Trukikaitis_Postimees, lk 141
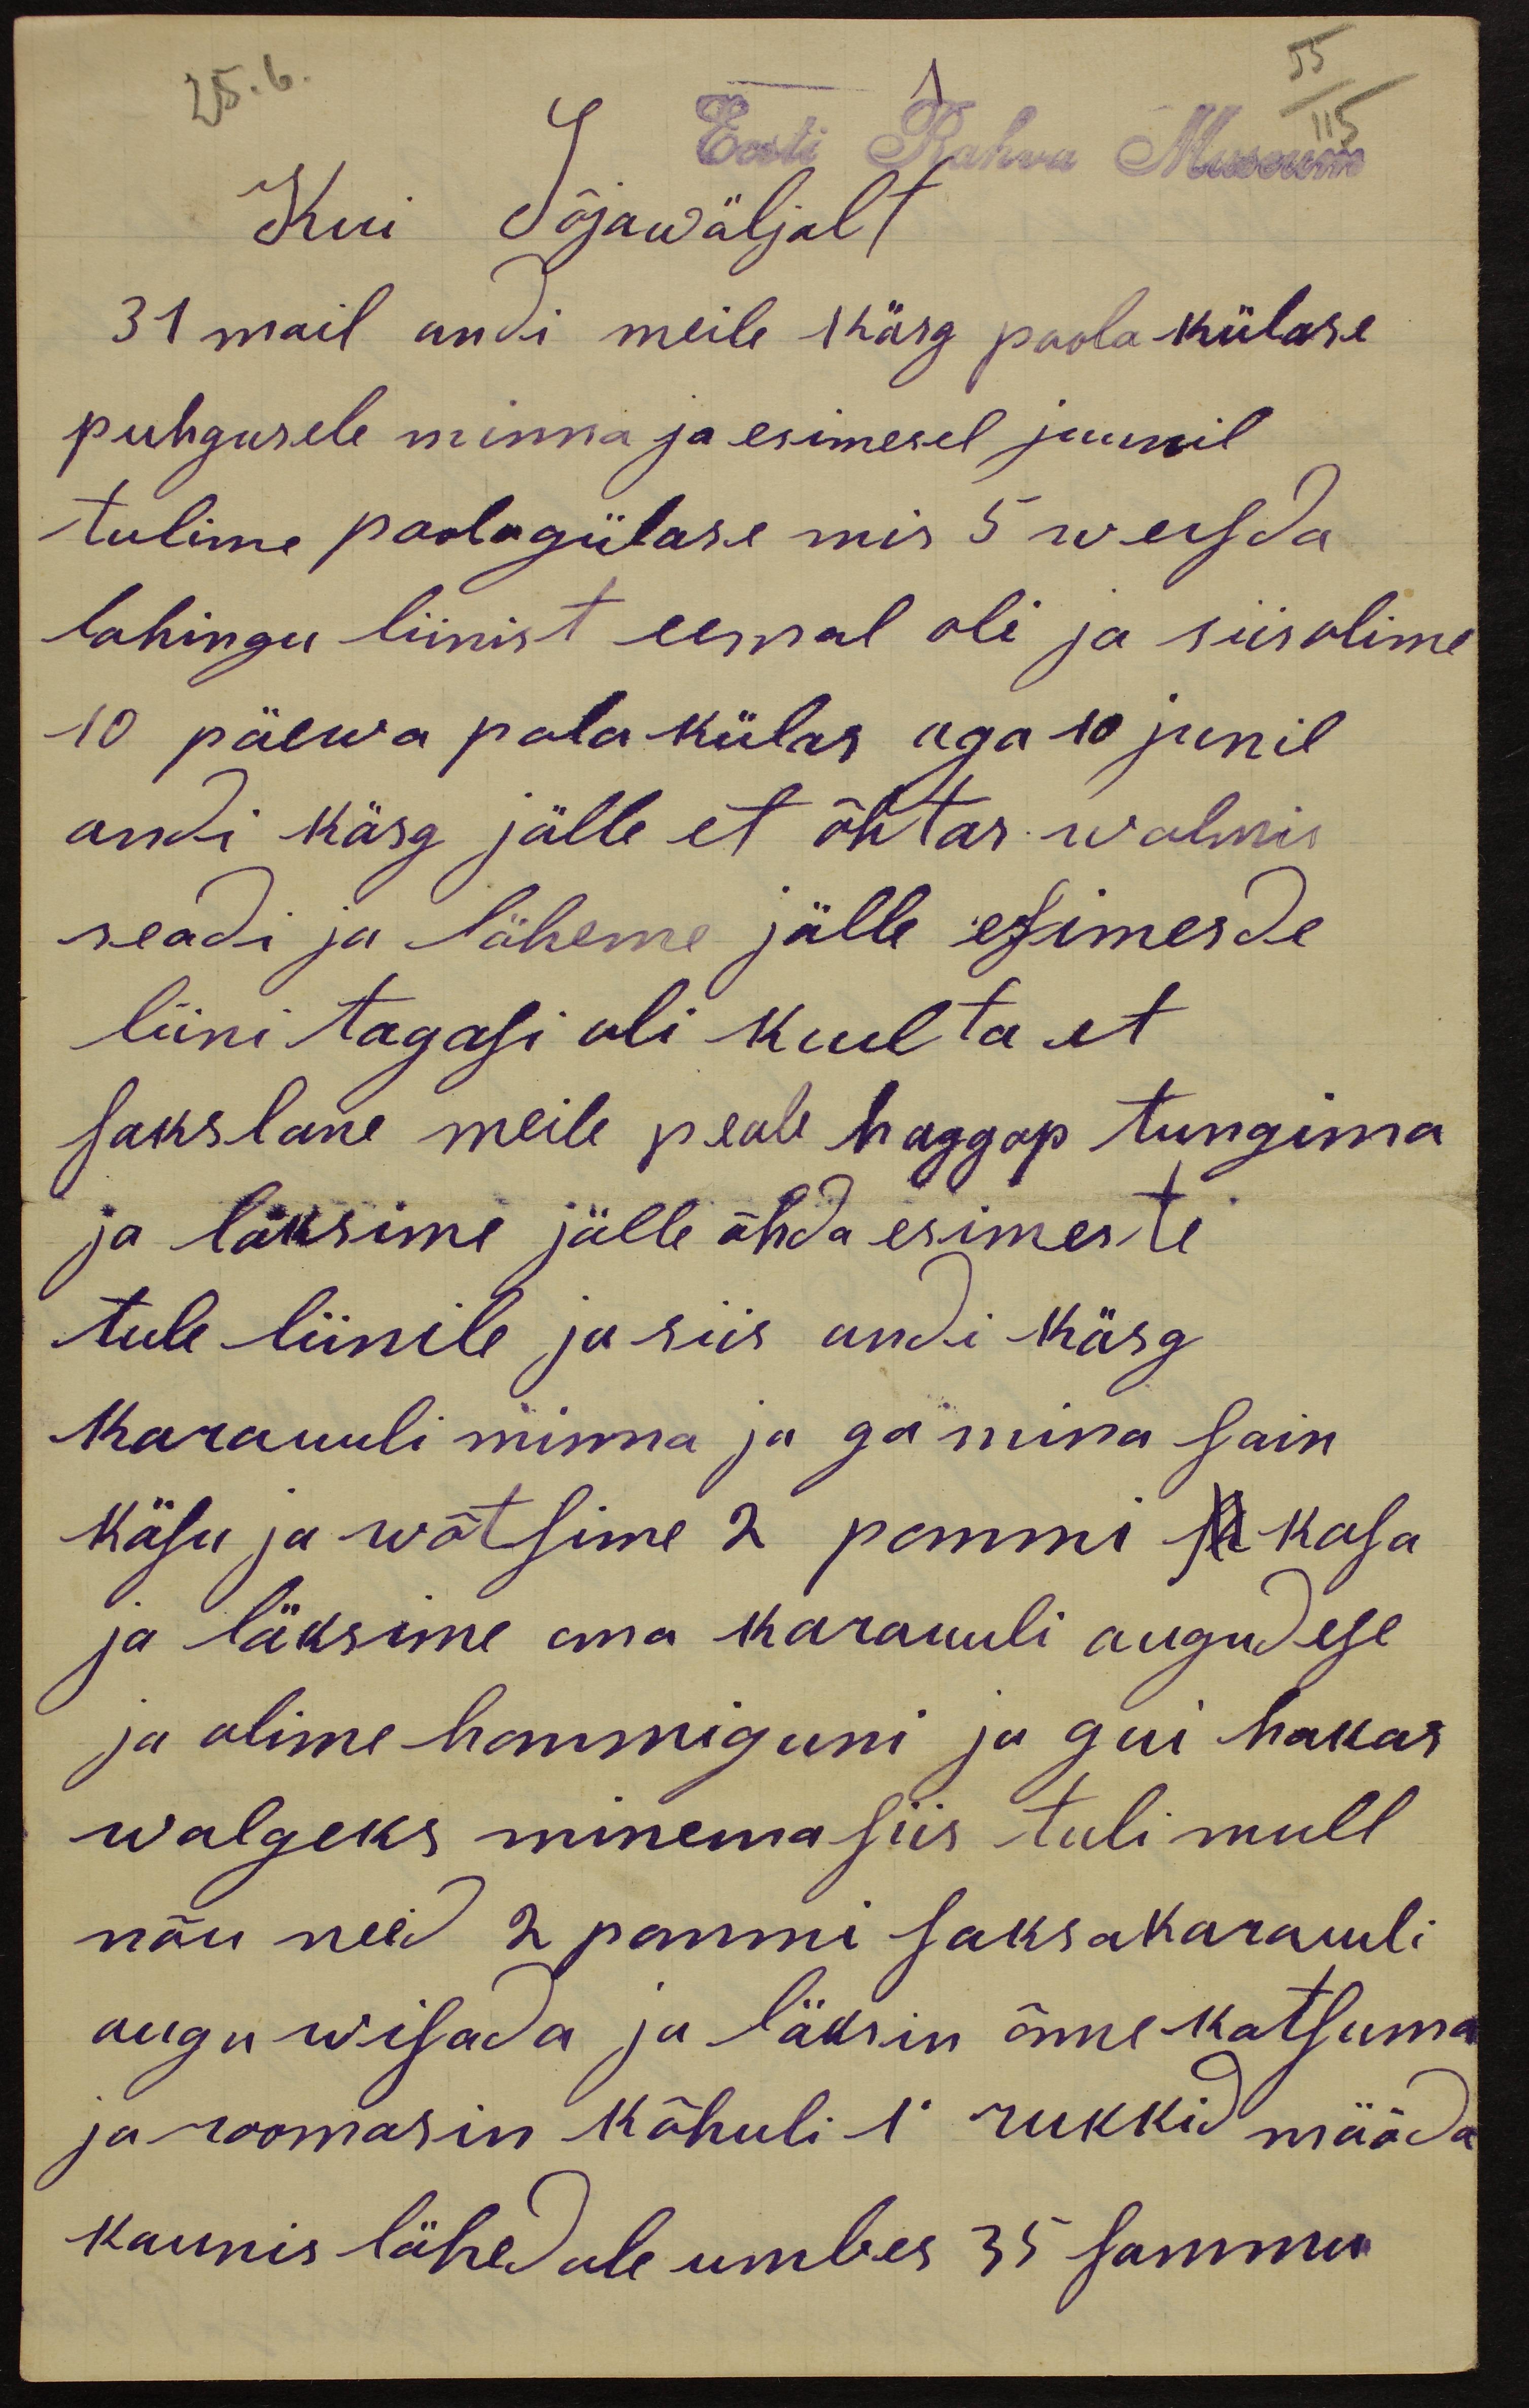
Eesti Rahva Museum
Kui Sõjawäljalt
31 mail andi meile käsg poola-külase
puhgusele minna ja esimesel juunil
tulime poolagülase mis 5 wersda
lahingu liinist eemal oli ja siis olime
10 päewa pola külas aga 10 junil
anti käsg jälle et õhtas walmis
seadi ja läheme jälle esimesde
liini tagasi oli kuelta et
sakslane meile peale haggap tungima
ja läksime jälle õhda esimeste
tule liinile ja siis andi käsg
Karauuli minna ja ga mina sain
käsu ja wõtsime 2 pommi ja kasa
ja läksime oma karauuli augudese
ja olime hommiguni ja gui hakas
walgeks minema siis tuli mull
nõu need 2 pommi saksakarauuli
augu wisada ja läksin õnne katsuma
ja roomasin kõhuli 1' rukkid mööda
kaunis lähedale umbes 35 sammu